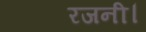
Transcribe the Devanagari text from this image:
रजनी।